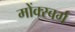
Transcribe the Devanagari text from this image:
मोंक्स्बर्ग